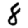
Digit: 8